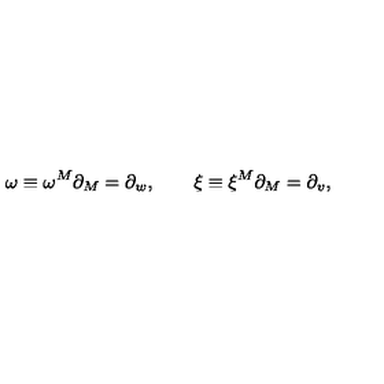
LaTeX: \omega \equiv \omega ^ { M } \partial _ { M } = \partial _ { w } , \qquad \xi \equiv \xi ^ { M } \partial _ { M } = \partial _ { v } ,